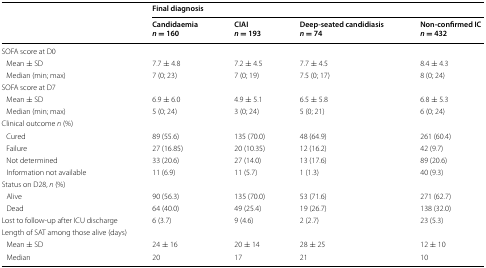
<table><thead><tr><td></td><td colspan="4"><b>Final diagnosis</b></td></tr><tr><td></td><td><b>Candidaemia<i>n</i> = 160</b></td><td><b>CIAI<i>n</i> = 193</b></td><td><b>Deep-seated candidiasis<i>n</i> = 74</b></td><td><b>Non-confirmed IC<i>n</i> = 432</b></td></tr></thead><tbody><tr><td colspan="5">SOFA score at D0</td></tr><tr><td> Mean ± SD</td><td>7.7 ± 4.8</td><td>7.2 ± 4.5</td><td>7.7 ± 4.5</td><td>8.4 ± 4.3</td></tr><tr><td> Median (min; max)</td><td>7 (0; 23)</td><td>7 (0; 19)</td><td>7.5 (0; 17)</td><td>8 (0; 24)</td></tr><tr><td colspan="5">SOFA score at D7</td></tr><tr><td> Mean ± SD</td><td>6.9 ± 6.0</td><td>4.9 ± 5.1</td><td>6.5 ± 5.8</td><td>6.8 ± 5.3</td></tr><tr><td> Median (min; max)</td><td>5 (0; 24)</td><td>3 (0; 24)</td><td>5 (0; 21)</td><td>6 (0; 24)</td></tr><tr><td>Clinical outcome <i>n</i> (%)</td><td></td><td></td><td></td><td></td></tr><tr><td> Cured</td><td>89 (55.6)</td><td>135 (70.0)</td><td>48 (64.9)</td><td>261 (60.4)</td></tr><tr><td> Failure</td><td>27 (16.85)</td><td>20 (10.35)</td><td>12 (16.2)</td><td>42 (9.7)</td></tr><tr><td> Not determined</td><td>33 (20.6)</td><td>27 (14.0)</td><td>13 (17.6)</td><td>89 (20.6)</td></tr><tr><td> Information not available</td><td>11 (6.9)</td><td>11 (5.7)</td><td>1 (1.3)</td><td>40 (9.3)</td></tr><tr><td>Status on D28, <i>n</i> (%)</td><td></td><td></td><td></td><td></td></tr><tr><td> Alive</td><td>90 (56.3)</td><td>135 (70.0)</td><td>53 (71.6)</td><td>271 (62.7)</td></tr><tr><td> Dead</td><td>64 (40.0)</td><td>49 (25.4)</td><td>19 (26.7)</td><td>138 (32.0)</td></tr><tr><td>Lost to follow-up after ICU discharge</td><td>6 (3.7)</td><td>9 (4.6)</td><td>2 (2.7)</td><td>23 (5.3)</td></tr><tr><td colspan="2">Length of SAT among those alive (days)</td><td></td><td></td><td></td></tr><tr><td> Mean ± SD</td><td>24 ± 16</td><td>20 ± 14</td><td>28 ± 25</td><td>12 ± 10</td></tr><tr><td> Median</td><td>20</td><td>17</td><td>21</td><td>10</td></tr></tbody></table>